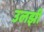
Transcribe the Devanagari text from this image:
उलझीं